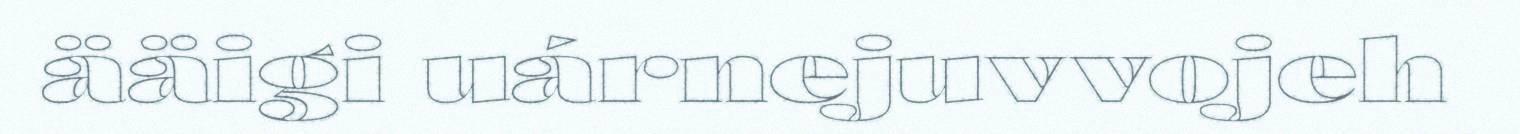
ääigi uárnejuvvojeh